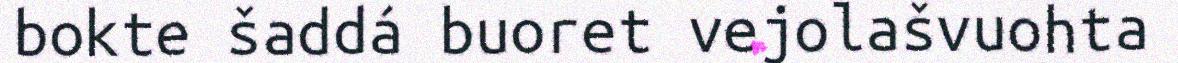
bokte šaddá buoret vejolašvuohta